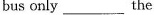
bus only ___ the